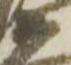
衛